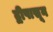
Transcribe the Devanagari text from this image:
द्वीपासून